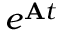
e ^ { \mathbf { A } t }